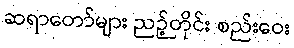
ဆရာတော်များ ညဉ့်တိုင်း စည်းဝေး